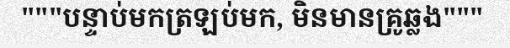
"""បន្ទាប់មកត្រឡប់មក, មិនមានគ្រូឆ្លង"""